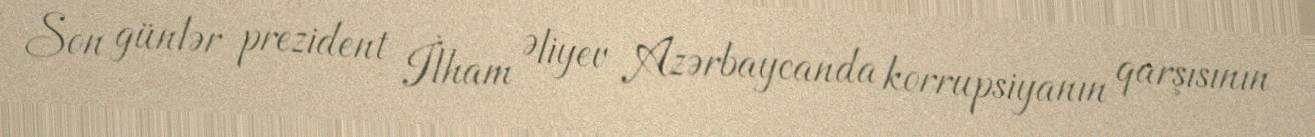
Son günlər prezident İlham Əliyev Azərbaycanda korrupsiyanın qarşısının